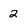
Character: 2